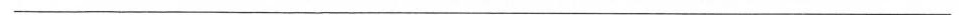
___